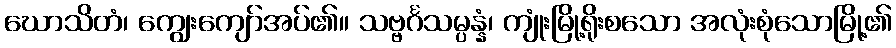
ဃောသိတံ၊ ကျွေးကျော်အပ်၏။ သဗ္ဗင်္ဂသမ္ပန္နံ၊ ကျုံးမြို့ရိုးစသော အလုံးစုံသောမြို့၏